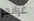
غرانجر